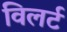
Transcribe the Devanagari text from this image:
विलर्ट